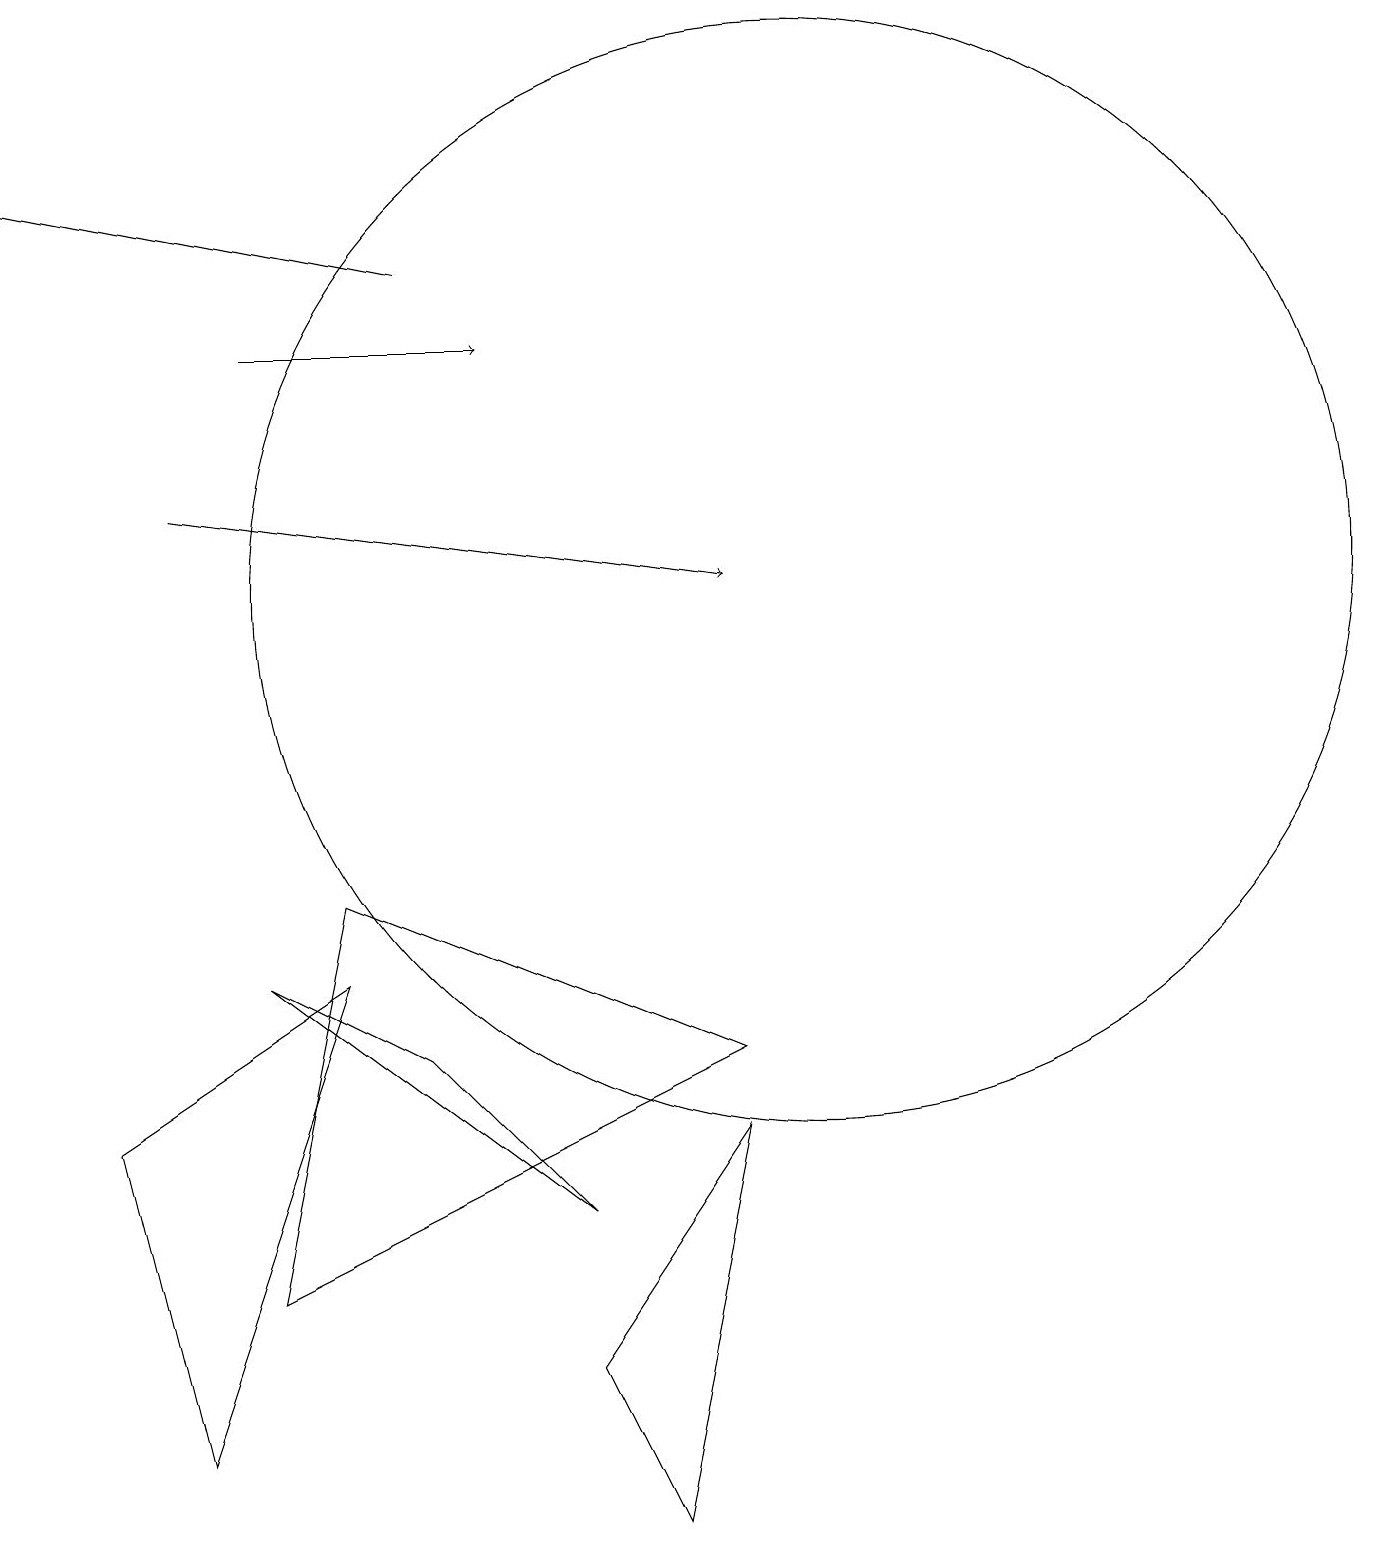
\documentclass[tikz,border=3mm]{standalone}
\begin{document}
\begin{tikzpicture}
\draw (10,12) circle (7);
\draw (2,1) -- (1,5) -- (4,7) -- cycle;
\draw (8,0) -- (9,5) -- (7,2) -- cycle;
\draw (3,3) -- (4,8) -- (9,6) -- cycle;
\draw[->] (5,16) -- (0,17);
\draw[->] (2,13) -- (9,12);
\draw (5,6) -- (7,4) -- (3,7) -- cycle;
\draw[->] (3,15) -- (6,15);
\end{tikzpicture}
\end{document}